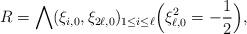
LaTeX: \begin{align*}R= \bigwedge(\xi_{i,0},\xi_{2\ell,0})_{1\leq i \leq \ell} \Bigl( \xi_{\ell,0}^2 = -\frac12\Bigr),\end{align*}